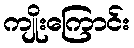
ကျိုးကြောင်း